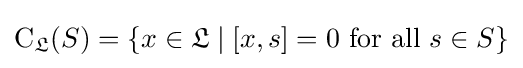
\mathrm {C} _{\mathfrak {L}}(S)=\{x\in {\mathfrak {L}}\mid [x,s]=0{\text{ for all }}s\in S\}